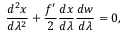
\frac { d ^ { 2 } x } { d \lambda ^ { 2 } } + \frac { f ^ { \prime } } { 2 } \frac { d x } { d \lambda } \frac { d w } { d \lambda } = 0 ,